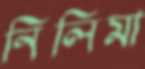
নিলিমা